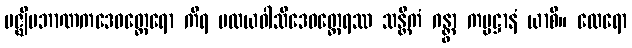
မဇ္ဈိမဘာဏကဒေဝတ္ထေရော ကိရ မလယဝါသိဒေဝတ္ထေရဿ သန္တိကံ ဂန္တွာ ကမ္မဋ္ဌာနံ ယာစိ။ ထေရော